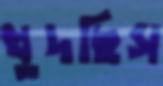
খুদছিস